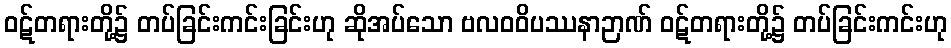
ဝဋ်တရားတို့၌ တပ်ခြင်းကင်းခြင်းဟု ဆိုအပ်သော ဗလဝဝိပဿနာဉာဏ် ဝဋ်တရားတို့၌ တပ်ခြင်းကင်းဟု